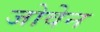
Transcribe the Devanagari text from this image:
जोवेन